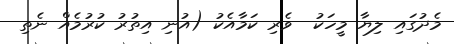
މެދުގައި ލިޔާ މީހަކު  ވެރި ކަމާއެކު (އުނި އިތުރު ކުރުމެއް ނެތި